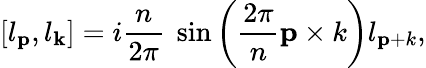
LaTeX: [l_{\mathbf p},l_{\mathbf k}]=i\frac{n}{2\pi}~\sin\left(\frac{2\pi}{n}{\mathbf p\times k}\right)l_{\mathbf p+k},